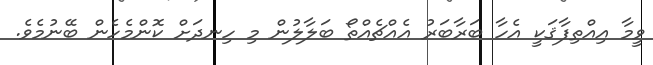
ވީމާ އިއްތިފާޤަކީ އެހާ ބަރާބަރު އެއްޗެއްތޯ ބަލާލުން މި ހިނދަށް ކޮންމެހެން ބޭނުމެވެ.